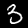
Digit: 3